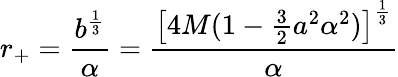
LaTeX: r_{+}=\frac{b^{\frac 13}}{\alpha}=\frac{\left\lbrack 4M(1-\frac 32a^{2}\alpha^{2})\right\rbrack^{\frac 13}}{\alpha}